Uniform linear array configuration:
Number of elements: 32
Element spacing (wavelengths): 1
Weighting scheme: hann
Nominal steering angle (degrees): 30
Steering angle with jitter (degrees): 28.662
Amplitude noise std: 0.05
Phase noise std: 0.05

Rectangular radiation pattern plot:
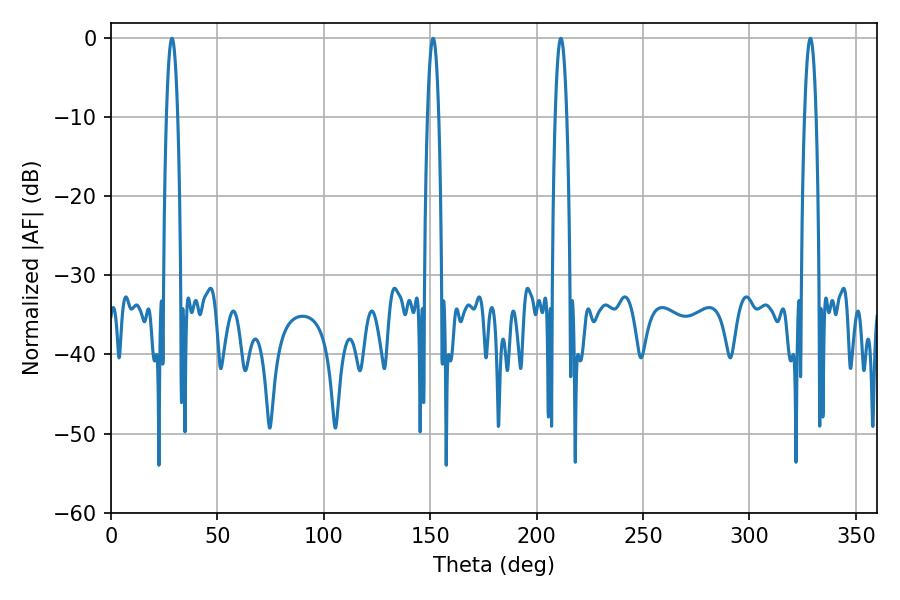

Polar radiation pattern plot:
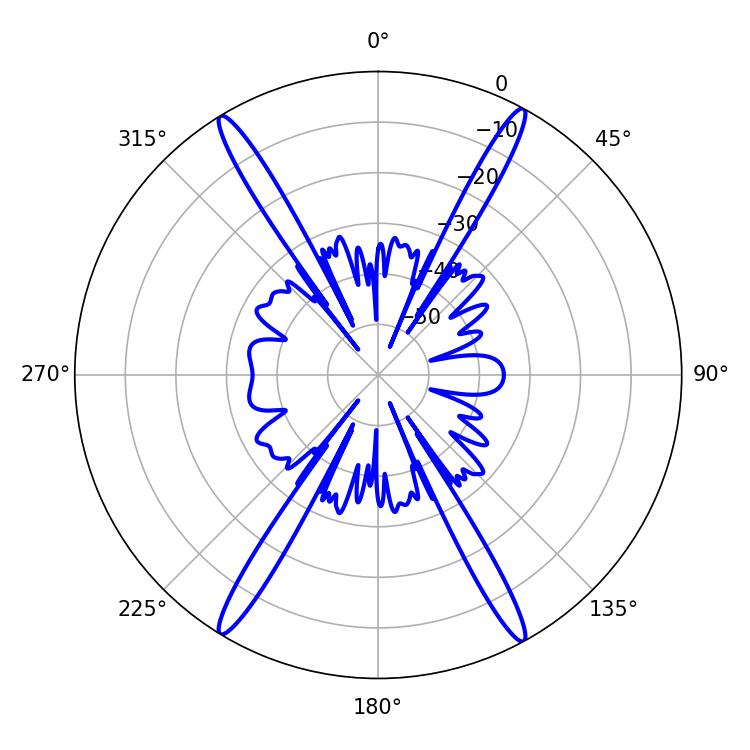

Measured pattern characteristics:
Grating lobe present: TRUE
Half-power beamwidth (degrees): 2.88
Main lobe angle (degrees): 28.62